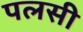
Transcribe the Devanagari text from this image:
पलसी